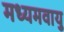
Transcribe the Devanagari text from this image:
मध्यमवायु